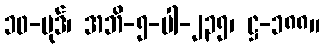
၁၀-ပုဒ်၊ အဘိ-၅-ပါ-၂၃၅၊ ဋ္ဌ-၁၈၈။